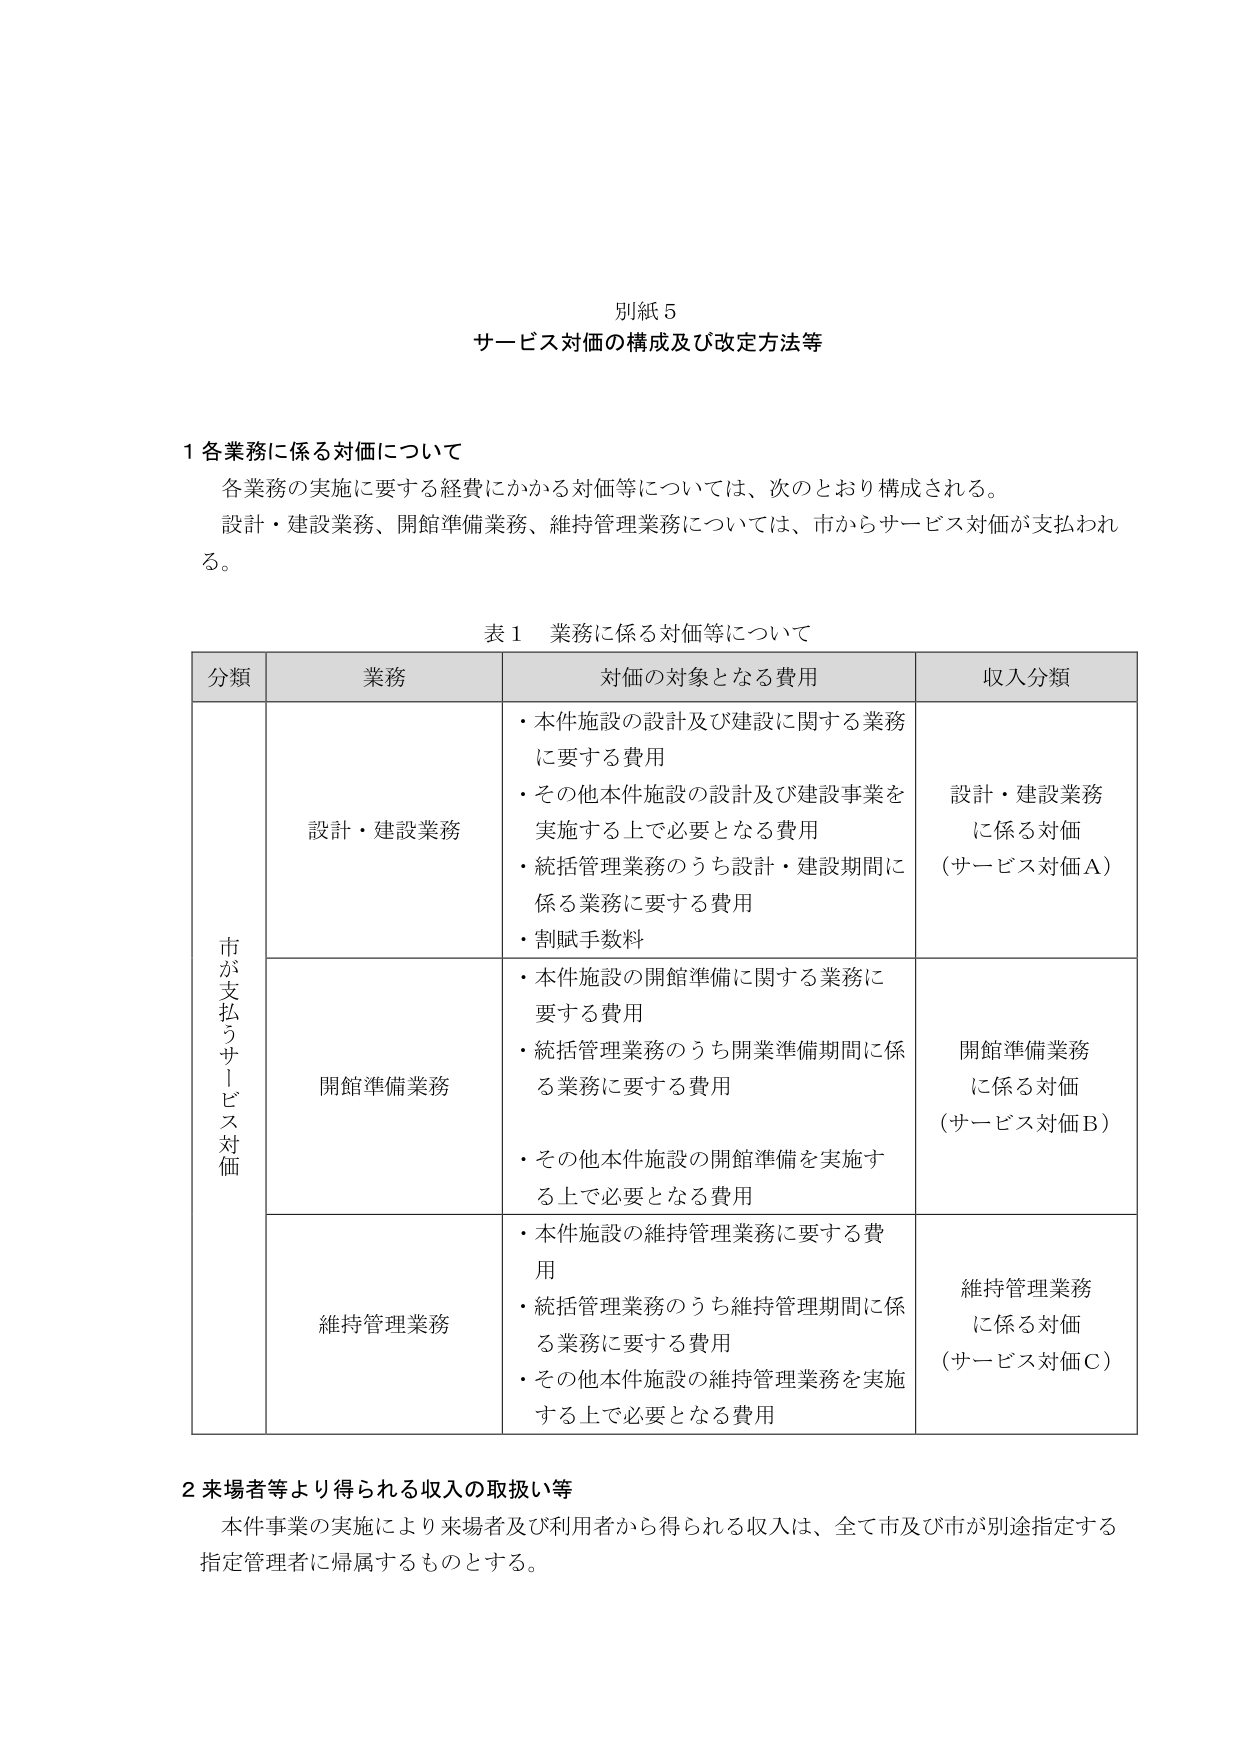
別紙５
サービス対価の構成及び改定方法等

１ 各業務に係る対価について
各業務の実施に要する経費にかかる対価等については、次のとおり構成される。
設計・建設業務、開館準備業務、維持管理業務については、市からサービス対価が支払われる。

表１ 業務に係る対価等について

| 分類 | 業務 | 対価の対象となる費用 | 収入分類 |
|------|------|----------------------|----------|
| 市が支払うサービス対価 | 設計・建設業務 | ・本件施設の設計及び建設に関する業務に要する費用<br>・その他本件施設の設計及び建設事業を実施する上で必要となる費用<br>・統括管理業務のうち設計・建設期間に係る業務に要する費用<br>・割賦手数料 | 設計・建設業務に係る対価（サービス対価Ａ） |
| | 開館準備業務 | ・本件施設の開館準備に関する業務に要する費用<br>・統括管理業務のうち開館準備期間に係る業務に要する費用<br>・その他本件施設の開館準備を実施する上で必要となる費用 | 開館準備業務に係る対価（サービス対価Ｂ） |
| | 維持管理業務 | ・本件施設の維持管理業務に要する費用<br>・統括管理業務のうち維持管理期間に係る業務に要する費用<br>・その他本件施設の維持管理業務を実施する上で必要となる費用 | 維持管理業務に係る対価（サービス対価Ｃ） |

２ 来場者等より得られる収入の取扱い等
本件事業の実施により来場者及び利用者から得られる収入は、全て市及び市が別途指定する指定管理者に帰属するものとする。